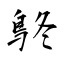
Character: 鴤